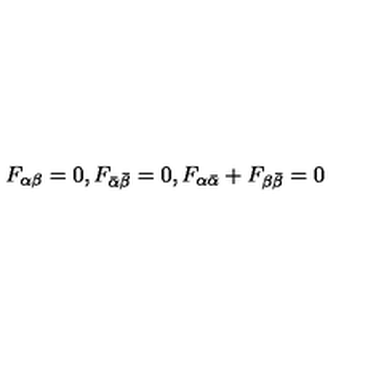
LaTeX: F _ { \alpha \beta } = 0 , F _ { \bar { \alpha } \bar { \beta } } = 0 , F _ { \alpha \bar { \alpha } } + F _ { \beta \bar { \beta } } = 0